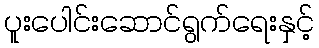
ပူးပေါင်းဆောင်ရွက်ရေးနှင့်